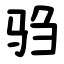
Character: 驺